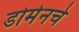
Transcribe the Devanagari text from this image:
डोमेनचे